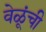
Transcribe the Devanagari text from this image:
वेळूंची